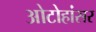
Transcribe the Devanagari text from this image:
ओटोहांसर